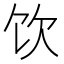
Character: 饮